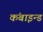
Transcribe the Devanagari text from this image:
कंबाइन्ड